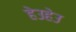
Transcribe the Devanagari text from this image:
हेउहेउ